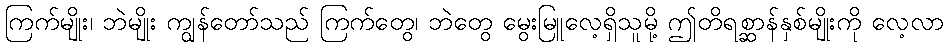
ကြက်မျိုး၊ ဘဲမျိုး ကျွန်တော်သည် ကြက်တွေ၊ ဘဲတွေ မွေးမြူလေ့ရှိသူမို့ ဤတိရစ္ဆာန်နှစ်မျိုးကို လေ့လာ